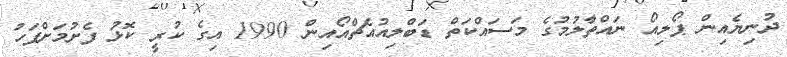
ދުނިޔެއިން ޕޯލިއޯ ނައްތާލުމުގެ މަސައްކަތް ޑަބްލިއުއެޗްއޯއިން 1990 އިގެ ކުރީ ކޮޅު ފެށުމަށްފަހު